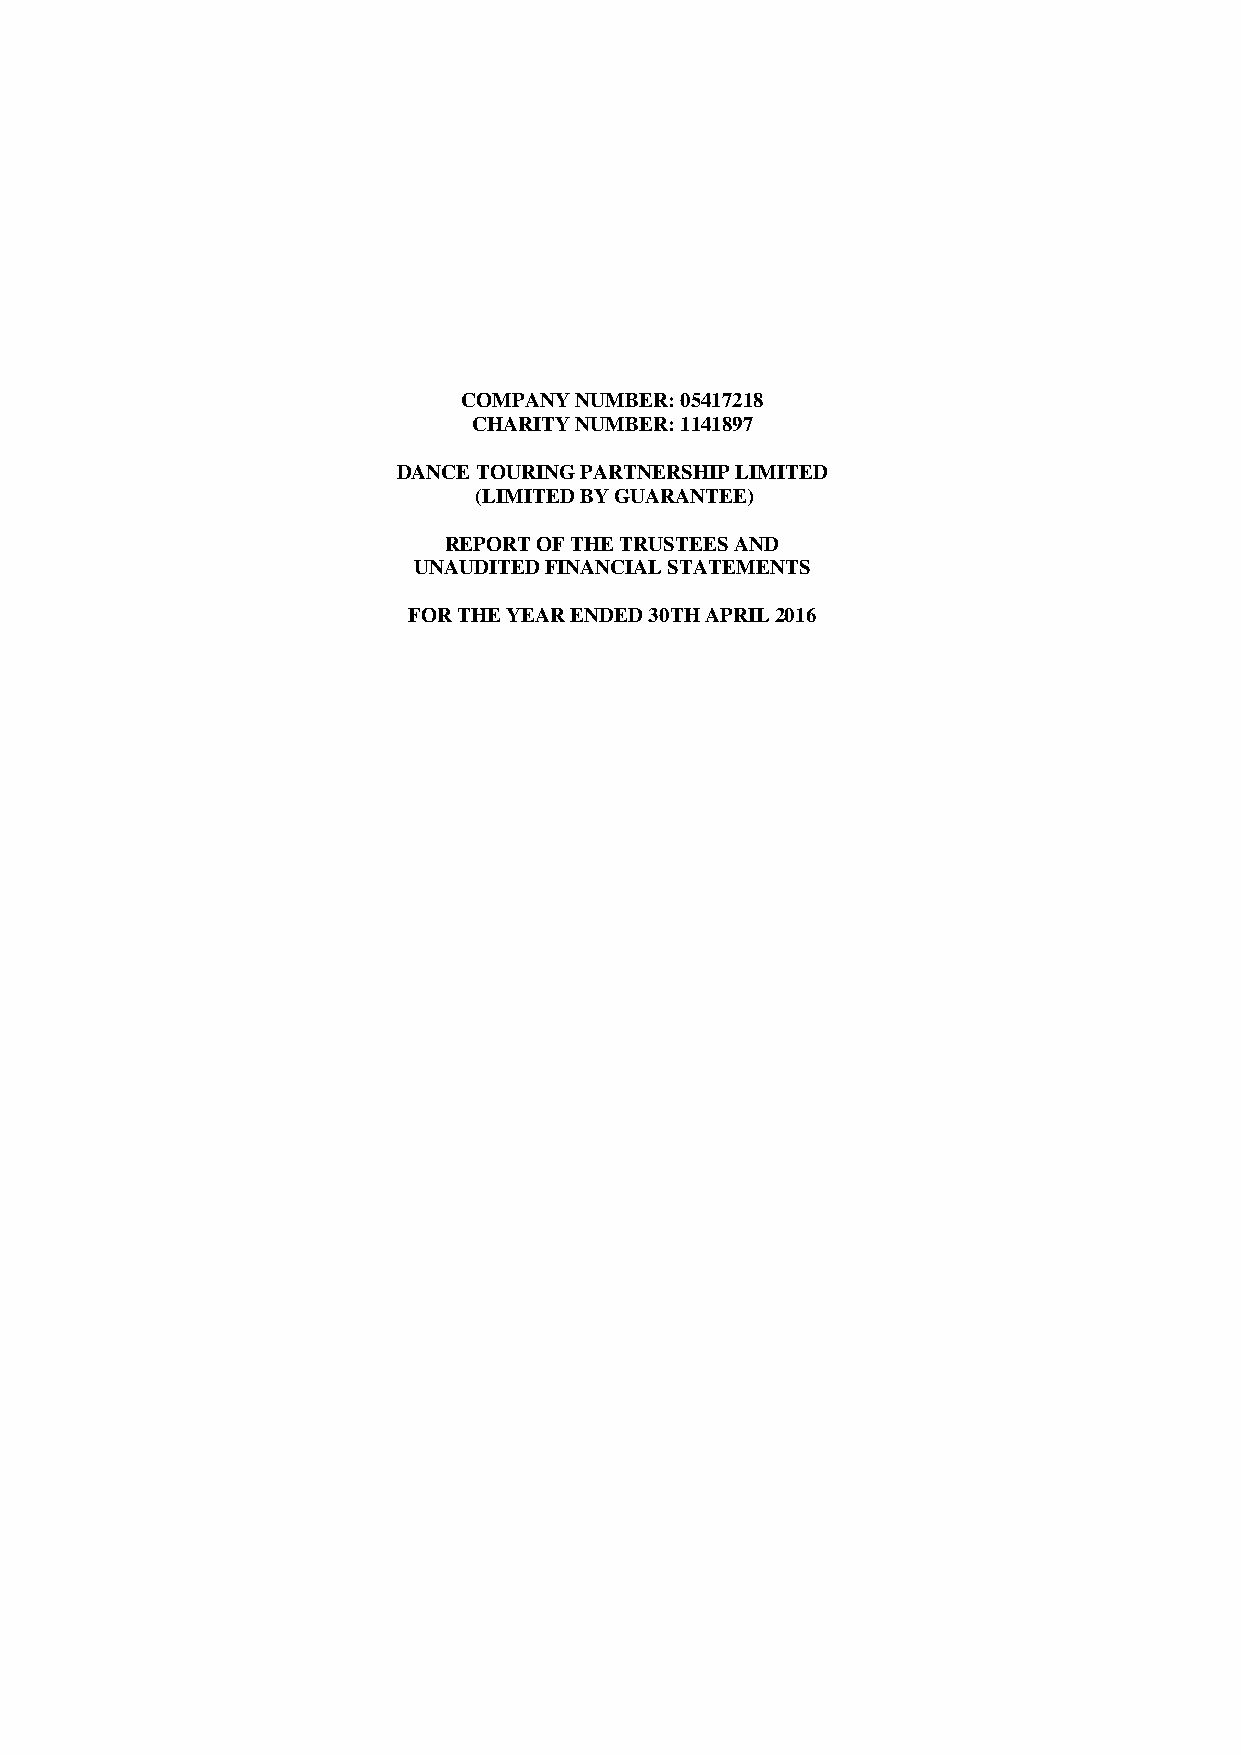
COMPANY NUMBER: 05417218
 CHARITY NUMBER: 1141897
 DANCE TOURING PARTNERSHIP LIMITED
 (LIMITED BY GUARANTEE)
 REPORT OF THE TRUSTEES AND
 UNAUDITED FINANCIAL STATEMENTS
 FOR THE YEAR ENDED 30TH APRIL 2016